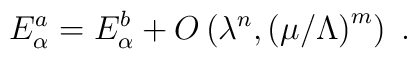
E^a_{\alpha} = E^b_{\alpha} +O\left( \lambda^n,\left({\mu/\Lambda}\right)^m\right) \;.